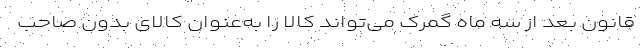
قانون بعد از سه ماه گمرک می‌تواند کالا را به‌عنوان کالای بدون صاحب